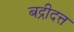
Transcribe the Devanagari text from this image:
बद्रीदत्त